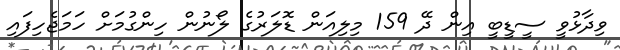
ވިދާޅުވީ ސީޑީބީ އިން ދޭ 159 މިލިއަން ޑޮލަރުގެ ލޯނުން ހިންގުމަށް ހަމަޖެހިފައި